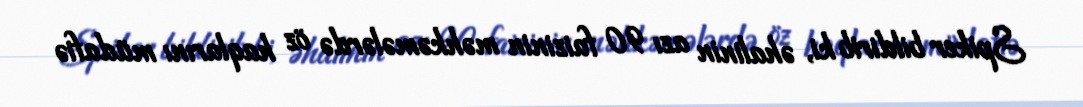
Spiker bildirib ki, əhalinin azı 90 faizinin məhkəmələrdə öz haqlarını müdafiə